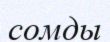
сомды